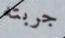
جربته